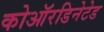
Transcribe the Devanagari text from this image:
कोऑरडिनेटेड